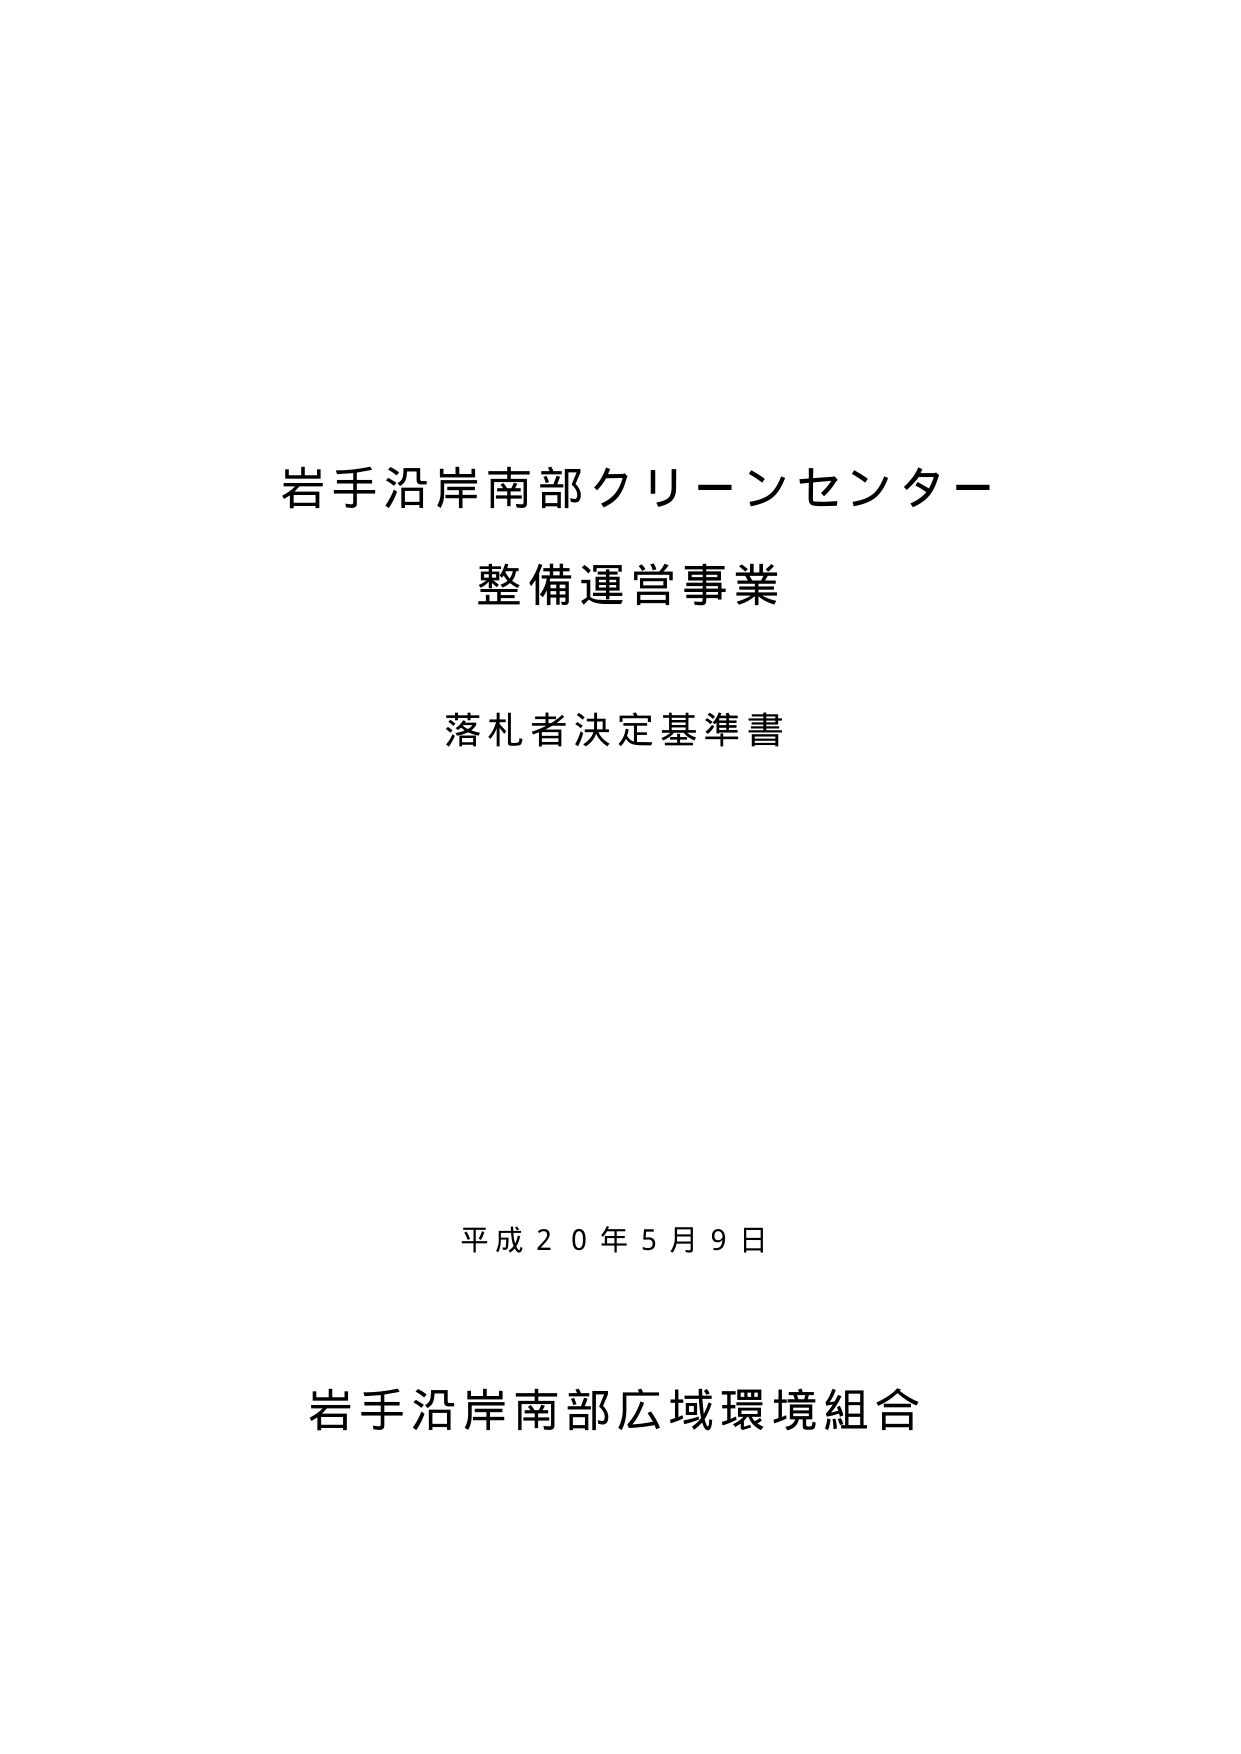
岩手沿岸南部クリーンセンター
整備運営事業
落札者決定基準書

平成２０年５月９日
岩手沿岸南部広域環境組合